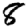
Digit: 8